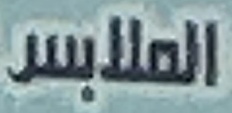
الملابس